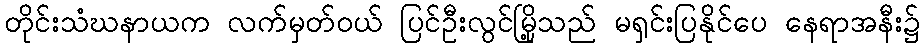
တိုင်းသံဃနာယက လက်မှတ်ဝယ် ပြင်ဦးလွင်မြို့သည် မရှင်းပြနိုင်ပေ နေရာအနီး၌